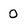
Character: 0